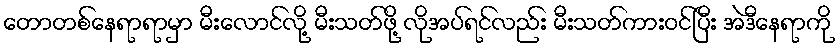
တောတစ်နေရာရာမှာ မီးလောင်လို့ မီးသတ်ဖို့ လိုအပ်ရင်လည်း မီးသတ်ကားဝင်ပြီး အဲဒီနေရာကို